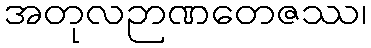
အတုလဉာဏတေဇဿ၊